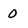
Character: 0